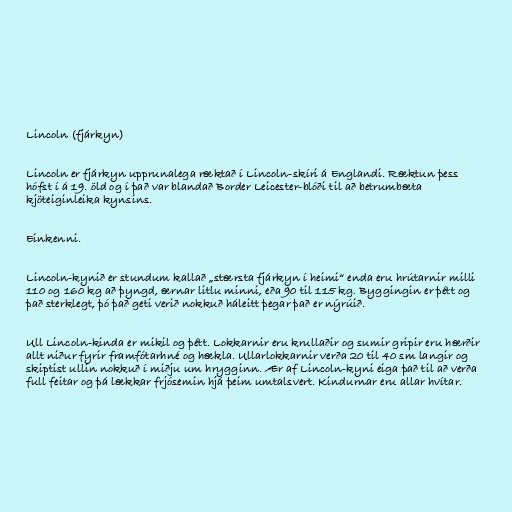
Lincoln (fjárkyn)

Lincoln er fjárkyn upprunalega ræktað í Lincoln-skíri á Englandi. Ræktun þess
hófst í á 19. öld og í það var blandað Border Leicester-blóði til að betrumbæta
kjöteiginleika kynsins.

Einkenni.

Lincoln-kynið er stundum kallað „stærsta fjárkyn í heimi“ enda eru hrútarnir milli
110 og 160 kg að þyngd, ærnar litlu minni, eða 90 til 115 kg. Byggingin er þétt og
það sterklegt, þó það geti verið nokkuð háleitt þegar það er nýrúið.

Ull Lincoln-kinda er mikil og þétt. Lokkarnir eru krullaðir og sumir gripir eru hærðir
allt niður fyrir framfótarhné og hækla. Ullarlokkarnir verða 20 til 40 sm langir og
skiptist ullin nokkuð í miðju um hrygginn. Ær af Lincoln-kyni eiga það til að verða
full feitar og þá lækkar frjósemin hjá þeim umtalsvert. Kindurnar eru allar hvítar.